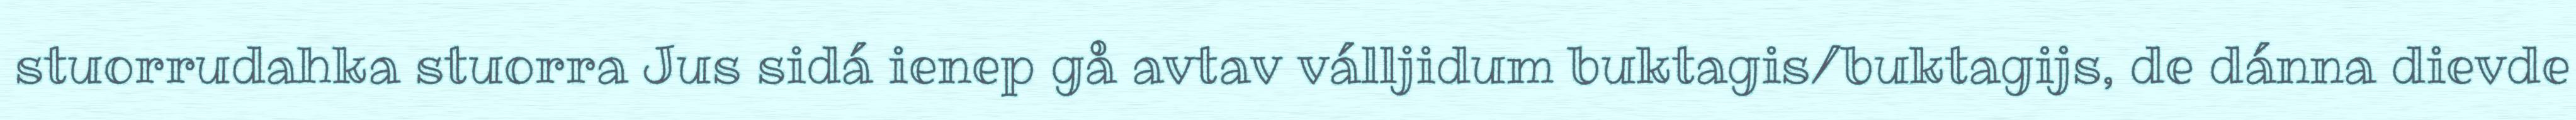
stuorrudahka stuorra Jus sidá ienep gå avtav válljidum buktagis/buktagijs, de dánna dievde